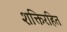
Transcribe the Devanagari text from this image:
शक्तिरहित